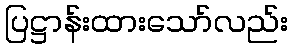
ပြဋ္ဌာန်းထားသော်လည်း